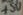
Text: +5V